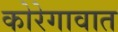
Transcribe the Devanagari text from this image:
कोरेगावात